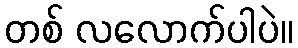
တစ် လလောက်ပါပဲ။